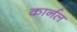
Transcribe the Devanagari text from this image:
कार्नल